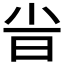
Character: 𣅱